Leaving Certificate Examination, 1915
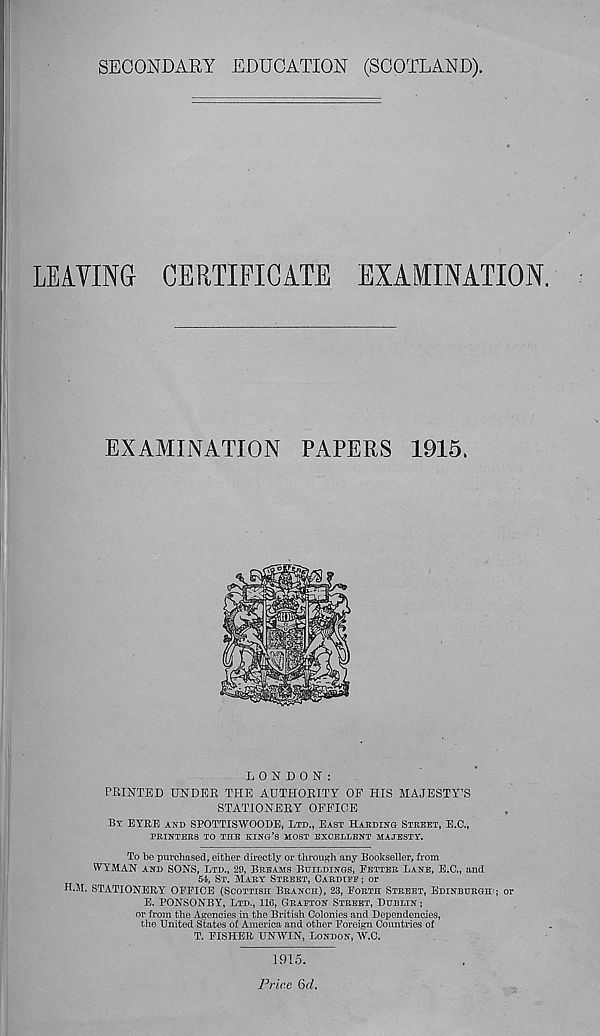
SECONDARY EDUCATION (SCOTLAND).
LEAVING CERTIFICATE EXAMINATION.
EXAMINATION PAPERS 1915.
LONDON:
PRINTED UNDER THE AUTHORITY OE HIS MAJESTY’S
STATIONERY OEEIOE
BY EYRE AND SPOTTISWOODE, LTD., EAST HARDING STREET, E.C.,
PRINTERS TO THE RING’S MOST EXCELLENT MAJESTY.
To be purchased, either directly or through any Bookseller, from
WYMAN AND SONS, LTD., 29, BREAMS BUILDINGS, FETTER LANE, E.C., and
54, ST. MARY STREET, CARDIEP ; or
H.M. STATIONERY OFFICE (SCOTTISH BRANCH), 23, FORTH STREET, EDINBURGH'; or
E. PONSONBY, LTD., 116, GRAPTON STREET, DUBLIN ;
or from the Agencies in the British Colonies and Dependencies,
the United States of America and other Foreign Countries of
T. FISHER UNWIN, LONDON, W.C.
1915.
Price QcL